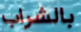
بالشراب